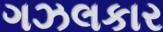
ગઝલકાર